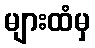
များထံမှ